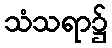
သံသရာ၌